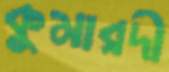
কুমারদী